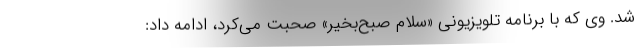
شد. وی که با برنامه تلویزیونی «سلام صبح‌بخیر» صحبت می‌کرد، ادامه داد: